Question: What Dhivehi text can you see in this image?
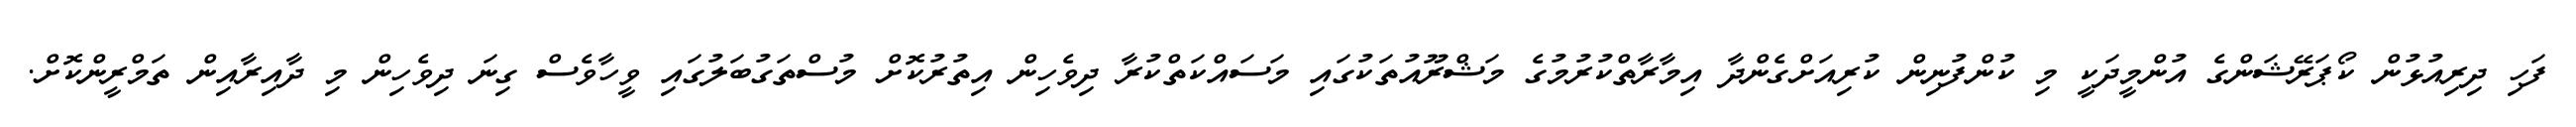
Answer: ފަހި ދިރިއުޅުން ކޯޕަރޭޝަންގެ އުންމީދަކީ މި ކުންފުނިން ކުރިއަށްގެންދާ އިމާރާތްކުރުމުގެ މަޝްރޫއުތަކުގައި މަސައްކަތްކުރާ ދިވެހިން އިތުރުކޮށް މުސްތަގުބަލުގައި ވީހާވެސް ގިނަ ދިވެހިން މި ދާއިރާއިން ތަމްރީންކޮށް.